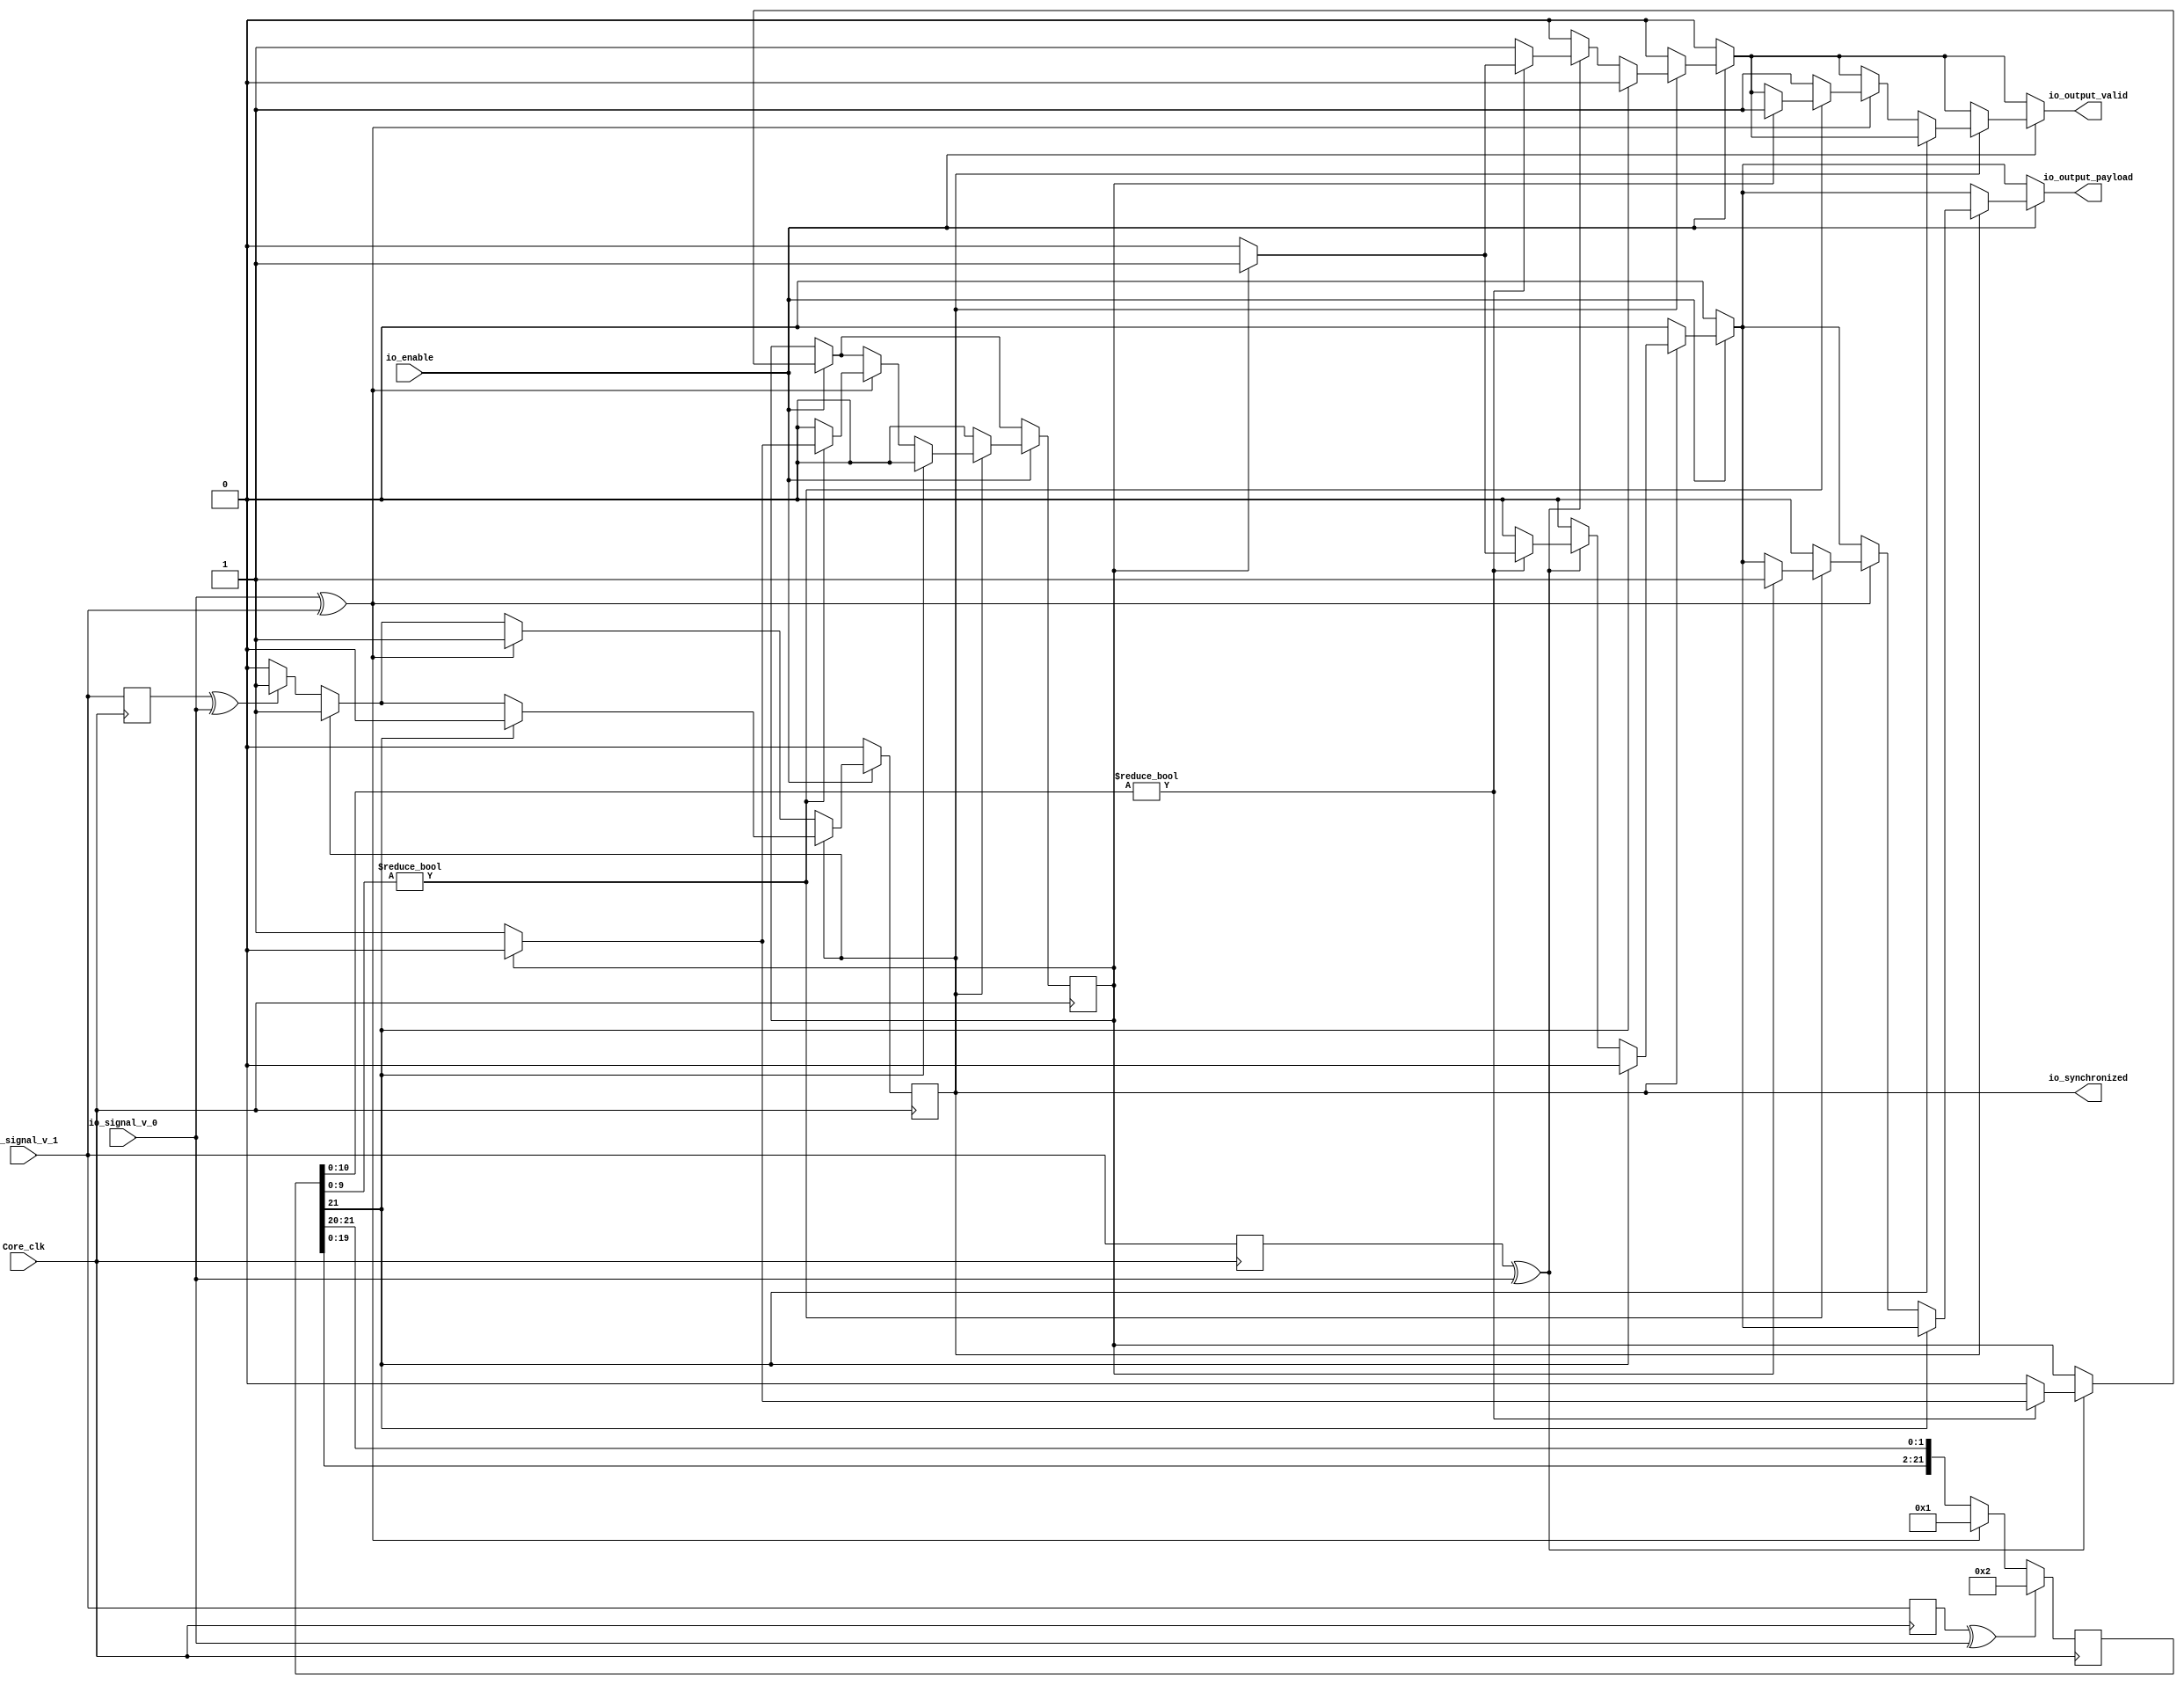
module DdrBmcDecoder (
      input   io_signal_v_0,
      input   io_signal_v_1,
      input   io_enable,
      output  io_output_valid,
      output  io_output_payload,
      output  io_synchronized,
      input   Core_clk);
  wire  _zz_1_;
  wire  _zz_2_;
  wire  _zz_3_;
  wire  _zz_4_;
  wire  _zz_5_;
  wire  _zz_6_;
  wire  _zz_7_;
  wire  _zz_8_;
  wire  _zz_9_;
  wire  _zz_10_;
  reg  data_valid;
  reg  data_payload;
  reg [21:0] counter_sr = (22'b0000000000000000000001);
  reg  synchronized = 1'b0;
  reg  decodingOne = 1'b0;
  reg [21:0] sample = (22'b0000000000000000000000);
  reg  io_signal_v_1_regNext;
  reg  io_signal_v_1_regNext_1_;
  reg  io_signal_v_1_regNext_2_;
  assign _zz_1_ = (! io_enable);
  assign _zz_2_ = (! synchronized);
  assign _zz_3_ = (counter_sr[21 : 21] != (1'b0));
  assign _zz_4_ = (io_signal_v_1_regNext_2_ ^ io_signal_v_0);
  assign _zz_5_ = (counter_sr[10 : 0] != (11'b00000000000));
  assign _zz_6_ = (! io_enable);
  assign _zz_7_ = (! synchronized);
  assign _zz_8_ = (counter_sr[21 : 21] != (1'b0));
  assign _zz_9_ = (io_signal_v_0 ^ io_signal_v_1);
  assign _zz_10_ = (counter_sr[9 : 0] != (10'b0000000000));
  assign io_output_valid = data_valid;
  assign io_output_payload = data_payload;
  assign io_synchronized = synchronized;
  always @ (*) begin
    data_valid = 1'b0;
    if(! _zz_1_) begin
      if(! _zz_2_) begin
        if(! _zz_3_) begin
          if(_zz_4_)begin
            if(_zz_5_)begin
              if(decodingOne)begin
                data_valid = 1'b1;
              end
            end else begin
              data_valid = 1'b1;
            end
          end
        end
      end
    end
    if(! _zz_6_) begin
      if(! _zz_7_) begin
        if(! _zz_8_) begin
          if(_zz_9_)begin
            if(_zz_10_)begin
              if(decodingOne)begin
                data_valid = 1'b1;
              end
            end else begin
              data_valid = 1'b1;
            end
          end
        end
      end
    end
  end

  always @ (*) begin
    data_payload = 1'b0;
    if(! _zz_1_) begin
      if(! _zz_2_) begin
        if(! _zz_3_) begin
          if(_zz_4_)begin
            if(_zz_5_)begin
              if(decodingOne)begin
                data_payload = 1'b1;
              end
            end else begin
              data_payload = 1'b0;
            end
          end
        end
      end
    end
    if(! _zz_6_) begin
      if(! _zz_7_) begin
        if(! _zz_8_) begin
          if(_zz_9_)begin
            if(_zz_10_)begin
              if(decodingOne)begin
                data_payload = 1'b1;
              end
            end else begin
              data_payload = 1'b0;
            end
          end
        end
      end
    end
  end

  always @ (posedge Core_clk) begin
    if((io_signal_v_1_regNext ^ io_signal_v_0))begin
      counter_sr <= (22'b0000000000000000000010);
      sample <= counter_sr;
    end else begin
      if((io_signal_v_0 ^ io_signal_v_1))begin
        counter_sr <= (22'b0000000000000000000001);
        sample <= {counter_sr[20 : 0],counter_sr[21 : 21]};
      end else begin
        counter_sr <= {counter_sr[19 : 0],counter_sr[21 : 20]};
      end
    end
    if(_zz_1_)begin
      synchronized <= 1'b0;
    end else begin
      if(_zz_2_)begin
        decodingOne <= 1'b0;
        if((io_signal_v_1_regNext_1_ ^ io_signal_v_0))begin
          synchronized <= 1'b1;
        end
      end else begin
        if(_zz_3_)begin
          synchronized <= 1'b0;
          decodingOne <= 1'b0;
        end else begin
          if(_zz_4_)begin
            if(_zz_5_)begin
              if(decodingOne)begin
                decodingOne <= 1'b0;
              end else begin
                decodingOne <= 1'b1;
              end
            end else begin
              decodingOne <= 1'b0;
            end
          end
        end
      end
    end
    if(_zz_6_)begin
      synchronized <= 1'b0;
    end else begin
      if(_zz_7_)begin
        decodingOne <= 1'b0;
        if((io_signal_v_0 ^ io_signal_v_1))begin
          synchronized <= 1'b1;
        end
      end else begin
        if(_zz_8_)begin
          synchronized <= 1'b0;
          decodingOne <= 1'b0;
        end else begin
          if(_zz_9_)begin
            if(_zz_10_)begin
              if(decodingOne)begin
                decodingOne <= 1'b0;
              end else begin
                decodingOne <= 1'b1;
              end
            end else begin
              decodingOne <= 1'b0;
            end
          end
        end
      end
    end
  end

  always @ (posedge Core_clk) begin
    io_signal_v_1_regNext <= io_signal_v_1;
  end

  always @ (posedge Core_clk) begin
    io_signal_v_1_regNext_1_ <= io_signal_v_1;
  end

  always @ (posedge Core_clk) begin
    io_signal_v_1_regNext_2_ <= io_signal_v_1;
  end

endmodule